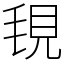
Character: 覒